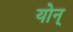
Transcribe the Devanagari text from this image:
योन्